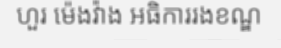
ហួរ ម៉េងវ៉ាង អធិការរងខណ្ឌ